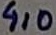
Text: 410